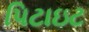
પિટાઇટ